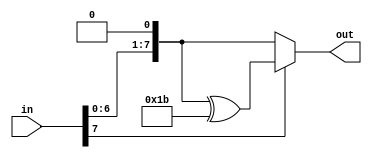
module time2 (
input [7:0] in,
output [7:0] out
);
assign out = in[7]? (( in << 1) ^ 'h1b) : ( in << 1);  
endmodule 




module multiply(
input [7:0] inArr, 
input [7:0] mat, 
output [7:0] outArr
); 
wire [7:0] res; 
time2 t (inArr, res);

assign outArr = (mat == 'h03 )? res ^ inArr :
					 (mat == 'h02 )? res:
					 inArr;
endmodule 


module multiplyByMat 
(
input [31:0]col,
input [7:0] r1,
input [7:0] r2,
input [7:0] r3,
input [7:0] r4,
output[7:0] s
);
wire [7:0] m1;
wire [7:0] m2;
wire [7:0] m3;
wire [7:0] m4;
multiply ma(col[31:24],r1,m1);
multiply mb(col[23:16],r2,m2);
multiply mc(col[15:8],r3,m3);
multiply md(col[7:0],r4,m4);

assign s=m1^m2^m3^m4;

endmodule 


module mixColumns3 (
input [127:0] inArr, 
output wire [127:0] outArr
);
multiplyByMat c11(inArr[127:96],8'h02,8'h03,8'h01,8'h01,outArr[127:120]);
multiplyByMat c12(inArr[127:96],8'h01,8'h02,8'h03,8'h01,outArr[119:112]);
multiplyByMat c13(inArr[127:96],8'h01,8'h01,8'h02,8'h03,outArr[111:104]);
multiplyByMat c14(inArr[127:96],8'h03,8'h01,8'h01,8'h02,outArr[103:96]);

multiplyByMat c21(inArr[95:64],8'h02,8'h03,8'h01,8'h01, outArr[95:88]);
multiplyByMat c22(inArr[95:64],8'h01,8'h02,8'h03,8'h01, outArr[87:80]);
multiplyByMat c23(inArr[95:64],8'h01,8'h01,8'h02,8'h03, outArr[79:72]);
multiplyByMat c24(inArr[95:64],8'h03,8'h01,8'h01,8'h02, outArr[71:64]);

multiplyByMat c31(inArr[63:32],8'h02,8'h03,8'h01,8'h01, outArr[63:56]);
multiplyByMat c32(inArr[63:32],8'h01,8'h02,8'h03,8'h01, outArr[55:48]);
multiplyByMat c33(inArr[63:32],8'h01,8'h01,8'h02,8'h03, outArr[47:40]);
multiplyByMat c34(inArr[63:32],8'h03,8'h01,8'h01,8'h02, outArr[39:32]);

multiplyByMat c41(inArr[31:0],8'h02,8'h03,8'h01,8'h01,  outArr[31:24]);
multiplyByMat c42(inArr[31:0],8'h01,8'h02,8'h03,8'h01,  outArr[23:16]);
multiplyByMat c43(inArr[31:0],8'h01,8'h01,8'h02,8'h03,  outArr[15:8]);
multiplyByMat c44(inArr[31:0],8'h03,8'h01,8'h01,8'h02,  outArr[7:0]);

endmodule